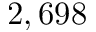
2 , 6 9 8